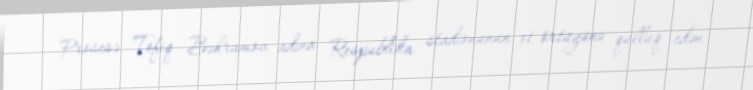
Prosesə Tofiq Bəhramov adına Respublika stadionunun ot örtüyünə qulluq edən